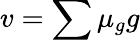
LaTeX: v=\sum\mu_{g}g